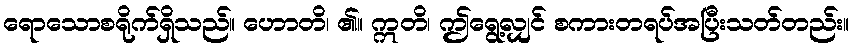
ရောသောစရိုက်ရှိသည်။ ဟောတိ၊ ၏။ ဣတိ၊ ဤရွေ့လျှင် စကားတရပ်အပြီးသတ်တည်း။